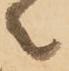
之